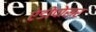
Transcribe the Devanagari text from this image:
ऐडीपोसर